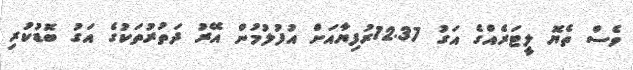
ވެސް ތެޔޮ ލީޓަރެއްގެ އަގު 12.37ރުފިޔާއަށް އުފުލުމުން އޭރު ދަތުރުތަކުގެ އަގު ބޮޑުކުރި